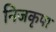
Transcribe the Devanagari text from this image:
निजकृपा